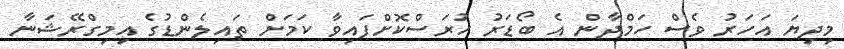
މިދިޔަ އަހަރު ވެސް ހަމްދާން އެ ބޯޑަރު ހުރަސްކޮށްފައިވާ ކަމަށް ތައިލެންޑުގެ އިމިގްރޭޝަނާ